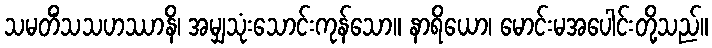
သမတိံသသဟဿာနိ၊ အမျှသုံးသောင်းကုန်သော။ နာရိယော၊ မောင်းမအပေါင်းတို့သည်။